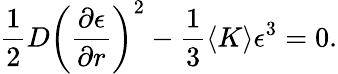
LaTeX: \frac{1}{2}D\left(\frac{\partial\epsilon}{\partial r}\right)^{2}-\frac{1}{3}\langle K\rangle\epsilon^{3}=0.